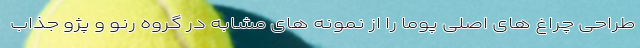
طراحی چراغ های اصلی پوما را از نمونه های مشابه در گروه رنو و پژو جذاب